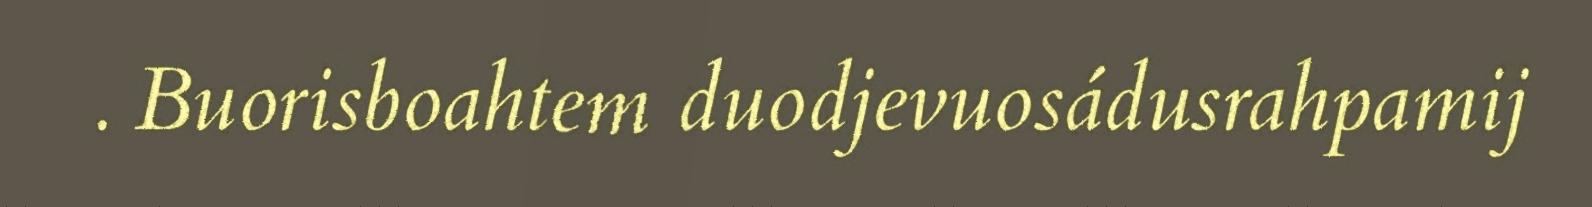
. Buorisboahtem duodjevuosádusrahpamij